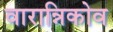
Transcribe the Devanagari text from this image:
वारान्निकोव